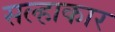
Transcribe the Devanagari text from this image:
सल्हाकार